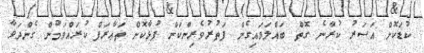
ކުޑަކޮށް އަސަރު ކުރާނެ ގޮތް ބައްލަވައިގެން ފަތުރުވެރިންކަން ފުޅާކޮށް ތަޢާރަފް ކުރައްވަމުން ގެންދަވާ